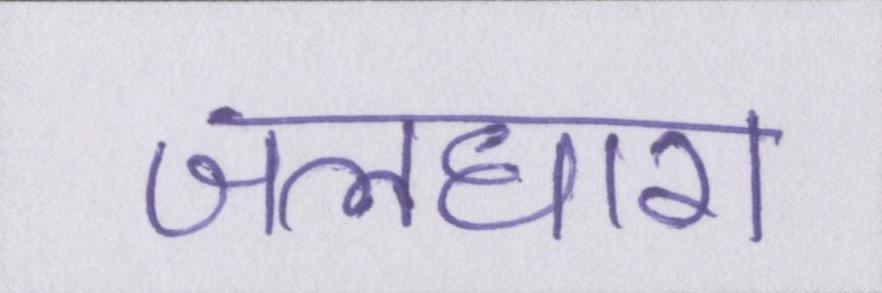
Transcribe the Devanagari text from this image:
जलधारा